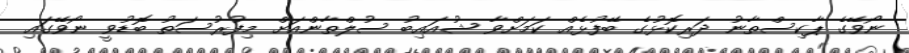
ނޯވޭގެ ޕާކިސްތާނު ދަރިކޮޅުގެ ބޭފުޅެއް ކަމަށްވާ ޝުއައިބު ސުލްތާންއަށް މިފުރުސަތު ބޮޑުވީ ނޯވޭގައި